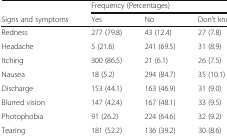
<table><thead><tr><td></td><td colspan="3"><b>Frequency (Percentages)</b></td></tr><tr><td><b>Signs and symptoms</b></td><td><b>Yes</b></td><td><b>No</b></td><td><b>Don’t know</b></td></tr></thead><tbody><tr><td>Redness</td><td>277 (79.8)</td><td>43 (12.4)</td><td>27 (7.8)</td></tr><tr><td>Headache</td><td>5 (21.6)</td><td>241 (69.5)</td><td>31 (8.9)</td></tr><tr><td>Itching</td><td>300 (86.5)</td><td>21 (6.1)</td><td>26 (7.5)</td></tr><tr><td>Nausea</td><td>18 (5.2)</td><td>294 (84.7)</td><td>35 (10.1)</td></tr><tr><td>Discharge</td><td>153 (44.1)</td><td>163 (46.9)</td><td>31 (9.0)</td></tr><tr><td>Blurred vision</td><td>147 (42.4)</td><td>167 (48.1)</td><td>33 (9.5)</td></tr><tr><td>Photophobia</td><td>91 (26.2)</td><td>224 (64.6)</td><td>32 (9.2)</td></tr><tr><td>Tearing</td><td>181 (52.2)</td><td>136 (39.2)</td><td>30 (8.6)</td></tr></tbody></table>